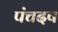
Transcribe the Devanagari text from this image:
पंचदष